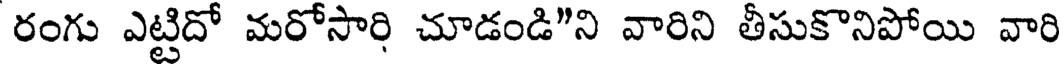
రంగు ఎట్టిదో మరోసారి చూడండి"ని వారిని తీసుకొనిపోయి వారి